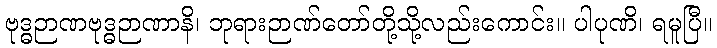
ဗုဒ္ဓဉာဏဗုဒ္ဓဉာဏာနိ၊ ဘုရားဉာဏ်တော်တို့သို့လည်းကောင်း။ ပါပုဏိ၊ ရမူပြီ။